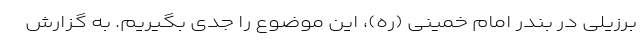
برزیلی در بندر امام خمینی (ره)، این موضوع را جدی بگیریم. به گزارش